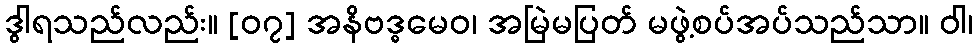
ဒွါရသည်လည်း။ [၀၇] အနိဗဒ္ဓမေဝ၊ အမြဲမပြတ် မဖွဲ့စပ်အပ်သည်သာ။ ဝါ၊